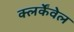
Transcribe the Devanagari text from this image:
क्लर्केंवेल